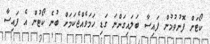
ކޯޓަށް ފޮނުވުމުން ފައިސާ ބަލައިގަންނަ ގަޑި ހަމަވެއްޖެކަމަށް ބުނެ ކޯޓުން އެ ފައިސާ